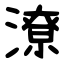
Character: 潦